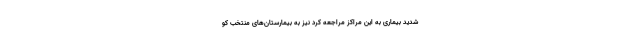
شدید بیماری به این مراکز مراجعه کرد نیز به بیمارستان‌های منتخب کو